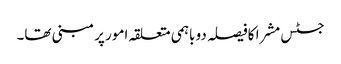
جسٹس مشرا کافیصلہ دو باہمی متعلقہ امور پر مبنی تھا۔